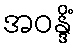
အဝန္ဒိံ